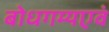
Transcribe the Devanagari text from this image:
बोधगम्यएवं